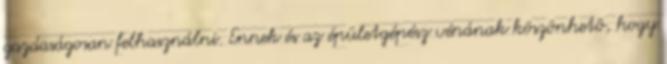
gazdaságosan felhasználni. Ennek és az épületgépész vénának köszönhetô, hogy